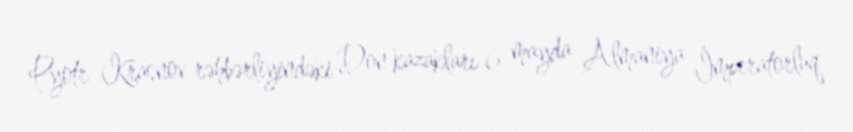
Pyotr Krasnov rəhbərliyindəki Don kazakları 6 mayda Almaniya İmperatorluq